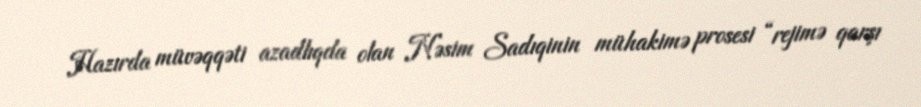
Hazırda müvəqqəti azadlıqda olan Nəsim Sadıqinin mühakimə prosesi “rejimə qarşı